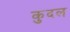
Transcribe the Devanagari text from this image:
कुदल